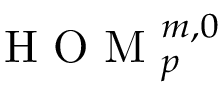
\mathrm { ~ H ~ O ~ M ~ } _ { p } ^ { m , 0 }